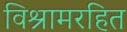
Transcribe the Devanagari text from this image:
विश्रामरहित